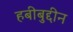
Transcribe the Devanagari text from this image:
हबीबुद्दीन